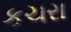
કચરા